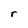
Character: r